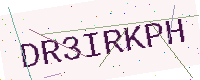
Text: DR3IRKPH